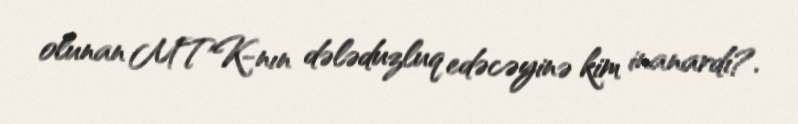
olunan MTK-nın dələduzluq edəcəyinə kim inanardı?.